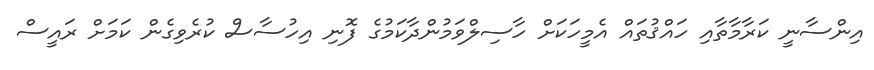
އިންސާނީ ކަރާމާތާއި ހައްޤުތައް އެމީހަކަށް ހާސިލްވަމުންދާކަމުގެ ފޮނި އިހުސާސް ކުރެވިގެން ކަމަށް ރައީސް